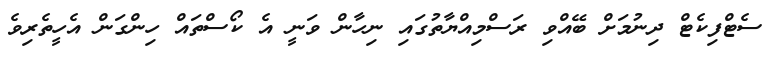
ސެޓްފިކެޓް ދިނުމަށް ބޭއްވި ރަސްމިއްޔާތުގައި ނިހާން ވަނީ އެ ކޯސްތައް ހިންގަން އެހީތެރިވެ